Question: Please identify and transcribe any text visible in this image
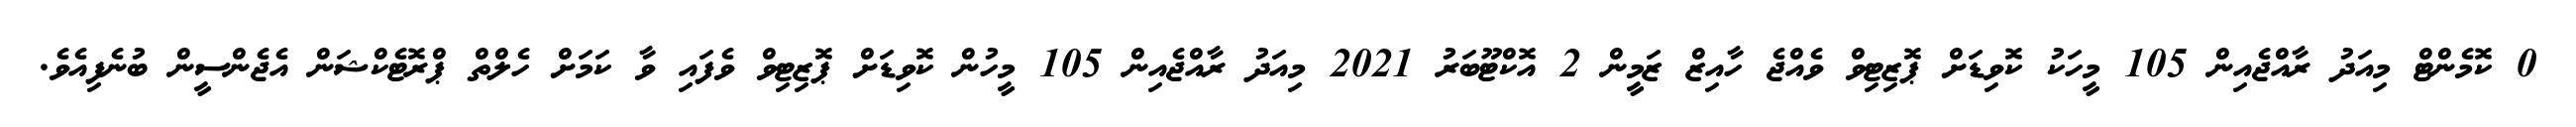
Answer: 0 ކޮމެންޓް މިއަދު ރާއްޖެއިން 105 މީހަކު ކޮވިޑަށް ޕޮޒިޓިވް ވެއްޖެ ހާއިޒް ޒަމީން 2 އޮކްޓޫބަރު 2021 މިއަދު ރާއްޖެއިން 105 މީހުން ކޮވިޑަށް ޕޮޒިޓިވް ވެފައި ވާ ކަމަށް ހެލްތް ޕްރޮޓެކްޝަން އެޖެންސީން ބުނެފިއެވެ.